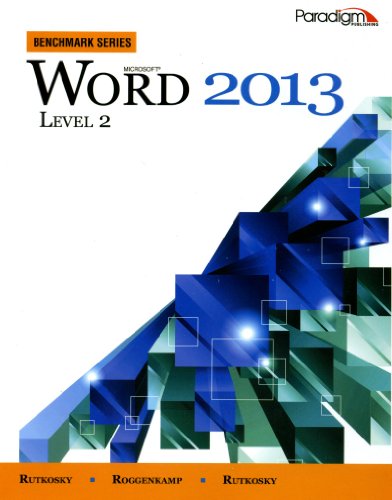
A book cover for Microsoft Word 2013: Level 2: Text with Data Files CD Benchmark Series; Nita Rutkosky; Computers & Technology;